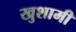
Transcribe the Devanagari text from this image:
खुशामी